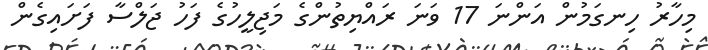
މިހާރު ހިނގަމުން އަންނަ 17 ވަނަ ރައްޔިތުންގެ މަޖިލީހުގެ ފަހު ޖަލްސާ ފަށައިގެން